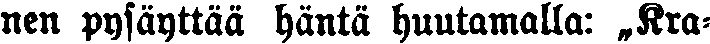
nen pysäyttää häntä huutamalla: „Kra-